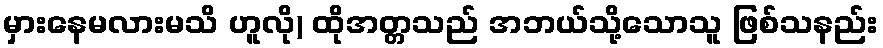
မှားနေမလားမသိ ဟူလို) ထိုအတ္တသည် အဘယ်သို့သောသူ ဖြစ်သနည်း